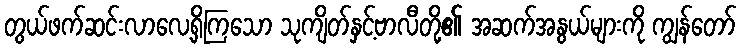
တွယ်ဖက်ဆင်းလာလေ့ရှိကြသော သုကျိတ်နှင့်ဗာလီတို့၏ အဆက်အနွယ်များကို ကျွန်တော်